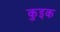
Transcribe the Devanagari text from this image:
कुइक